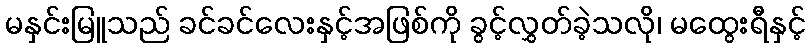
မနှင်းမြူသည် ခင်ခင်လေးနှင့်အဖြစ်ကို ခွင့်လွှတ်ခဲ့သလို၊ မထွေးရီနှင့်